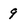
Character: 9